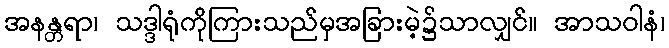
အနန္တရာ၊ သဒ္ဒါရုံကိုကြားသည်မှအခြားမဲ့၌သာလျှင်။ အာသဝါနံ၊